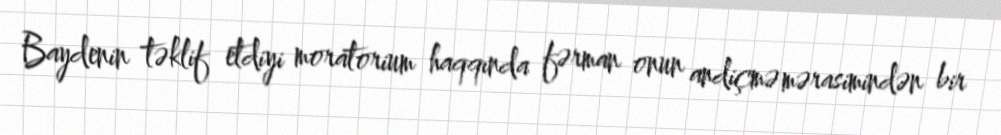
Baydenin təklif etdiyi moratorium haqqında fərman onun andiçmə mərasimindən bir